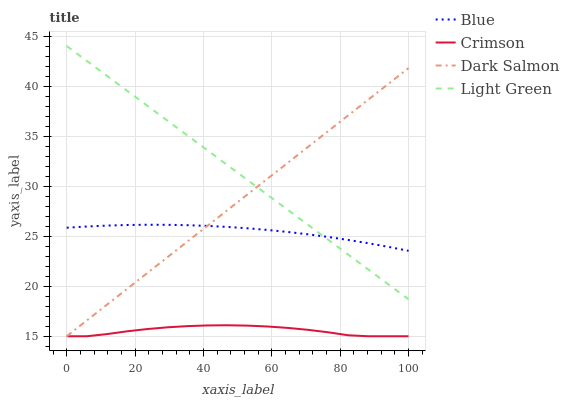
| xaxis_label | Blue | Crimson | Dark Salmon | Light Green |
 | --- | --- | --- | --- | --- |
 | 0 | 25.8 | 15 | 15 | 44 |
 | 5.88 | 26 | 15 | 16.6 | 42.5 |
 | 11.8 | 26.1 | 15.2 | 18.2 | 41 |
 | 17.6 | 26.1 | 15.5 | 19.7 | 39.5 |
 | 23.5 | 26.1 | 15.7 | 21.3 | 38 |
 | 29.4 | 26.1 | 15.9 | 22.9 | 36.6 |
 | 35.3 | 26.1 | 16 | 24.5 | 35.1 |
 | 41.2 | 26 | 16.1 | 26 | 33.6 |
 | 47.1 | 25.9 | 16.1 | 27.6 | 32.1 |
 | 52.9 | 25.8 | 16.1 | 29.2 | 30.6 |
 | 58.8 | 25.6 | 16 | 30.8 | 29.1 |
 | 64.7 | 25.4 | 15.8 | 32.3 | 27.6 |
 | 70.6 | 25.2 | 15.6 | 33.9 | 26.1 |
 | 76.5 | 24.9 | 15.4 | 35.5 | 24.6 |
 | 82.4 | 24.6 | 15.1 | 37.1 | 23.2 |
 | 88.2 | 24.3 | 15 | 38.6 | 21.7 |
 | 94.1 | 23.9 | 15 | 40.2 | 20.2 |
 | 100 | 23.5 | 15 | 41.8 | 18.7 |